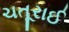
ચતૂરાઈ